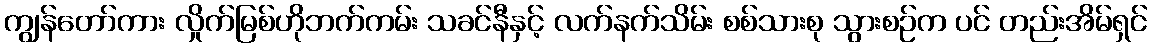
ကျွန်တော်ကား လှိုက်မြစ်ဟိုဘက်ကမ်း သခင်နီနှင့် လက်နက်သိမ်း စစ်သားစု သွားစဉ်က ပင် တည်းအိမ်ရှင်